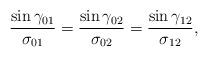
LaTeX: \begin{align*}\frac{\sin\gamma_{01}}{\sigma_{01}} = \frac{\sin\gamma_{02}}{\sigma_{02}} =\frac{\sin\gamma_{12}}{\sigma_{12}},\end{align*}